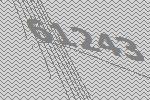
61243